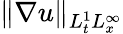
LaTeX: \| \nabla u\| _{L_{t}^{1}L_{x}^{\infty}}